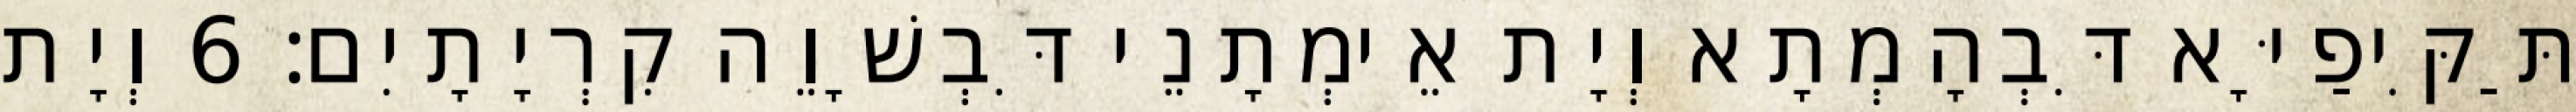
תַּקִּיפַיָּא דִּבְהָמְתָא וְיָת אֵימְתָנֵי דִּבְשָׁוֵה קִרְיָתָיִם׃ 6 וְיָת